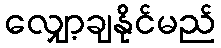
လျှော့ချနိုင်မည်